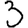
Digit: 3